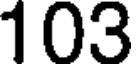
103